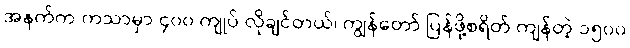
အနက်က ကသာမှာ ၄၀၀ ကျုပ် လိုချင်တယ်၊ ကျွန်တော် ပြန်ဖို့စရိတ် ကျန်တဲ့ ၁၅၀၀